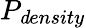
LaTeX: P_{\mathit density}